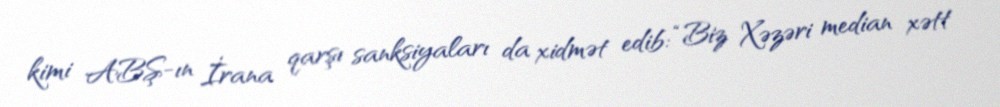
kimi ABŞ-ın İrana qarşı sanksiyaları da xidmət edib: “Biz Xəzəri median xətt